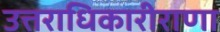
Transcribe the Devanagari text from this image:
उत्तराधिकारीराणा